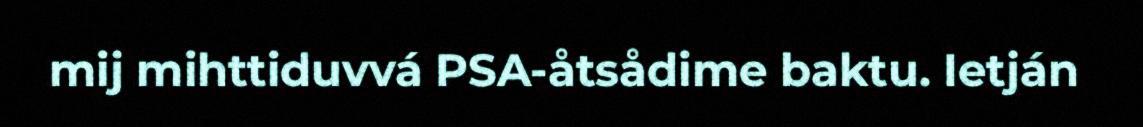
mij mihttiduvvá PSA-åtsådime baktu. Ietján